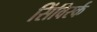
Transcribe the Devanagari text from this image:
सिंविर्स्क